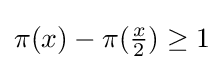
{\textstyle \pi (x)-\pi ({\tfrac {x}{2}})\geq 1}